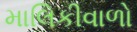
માલિકીવાળો